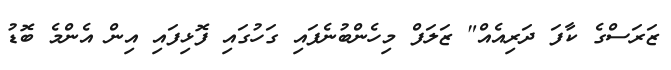
ޒަރަސްގެ ކާފަ ދަރިއެއް" ޒަލަފް މިހެންބުނެފައި ގަހުގައި ފޮޅިފައި އިން އެންމެ ބޮޑު